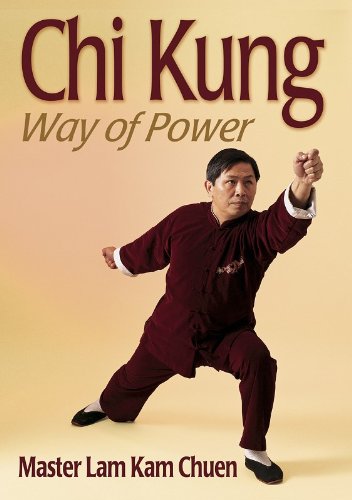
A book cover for Chi Kung: Way of Power; Lam Kam Chuen; Health, Fitness & Dieting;